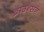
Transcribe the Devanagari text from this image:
ब्राउन्सन